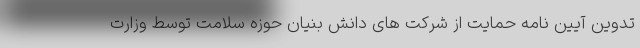
تدوین آیین نامه حمایت از شرکت های دانش بنیان حوزه سلامت توسط وزارت